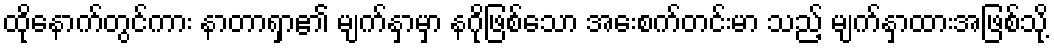
ထိုနောက်တွင်ကား နာတာရှာ၏ မျက်နှာမှာ နဂိုဖြစ်သော အေးစက်တင်းမာ သည့် မျက်နှာထားအဖြစ်သို့